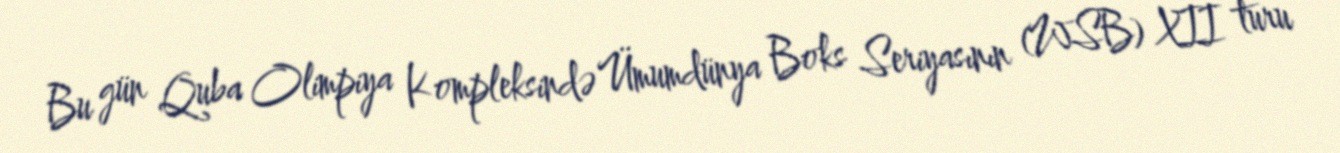
Bu gün Quba Olimpiya Kompleksində Ümumdünya Boks Seriyasının (WSB) XII turu